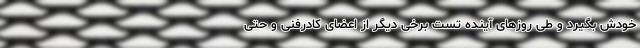
خودش بگیرد و طی روزهای آینده تست برخی دیگر از اعضای کادرفنی و حتی